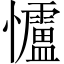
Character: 𪭃